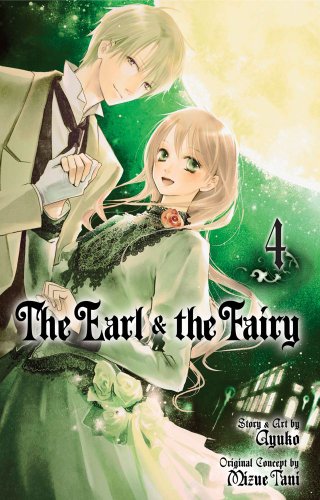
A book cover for The Earl & the Fairy, Vol. 4; Ayuko; Comics & Graphic Novels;